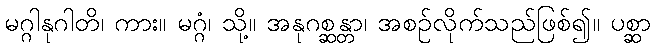
မဂ္ဂါနုဂါတိ၊ ကား။ မဂ္ဂံ၊ သို့။ အနုဂစ္ဆန္တာ၊ အစဉ်လိုက်သည်ဖြစ်၍။ ပစ္ဆာ